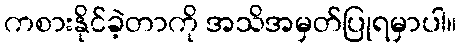
ကစားနိုင်ခဲ့တာကို အသိအမှတ်ပြုရမှာပါ။